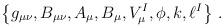
LaTeX: \begin{align*}\left\{g_{\mu\nu}, B_{\mu\nu}, A_{\mu}, B_{\mu}, V_{\mu}^{I}, \phi, k,\ell^{I}\right\}\, .\end{align*}